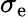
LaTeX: \sigma_{\mathrm{e}}